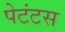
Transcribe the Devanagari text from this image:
पेटंटस